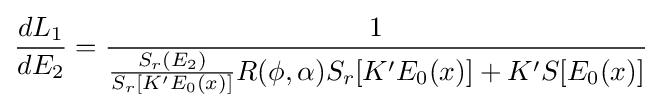
{\frac {dL_{1}}{dE_{2}}}={\frac {1}{{\frac {S_{r}(E_{2})}{S_{r}[K'E_{0}(x)]}}{R(\phi ,\alpha )S_{r}[K'E_{0}(x)]+K'S[E_{0}(x)]}}}